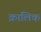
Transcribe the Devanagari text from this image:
क्रालिक